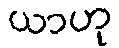
ယာဟု